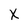
Character: X